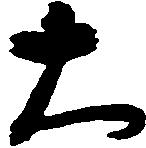
大